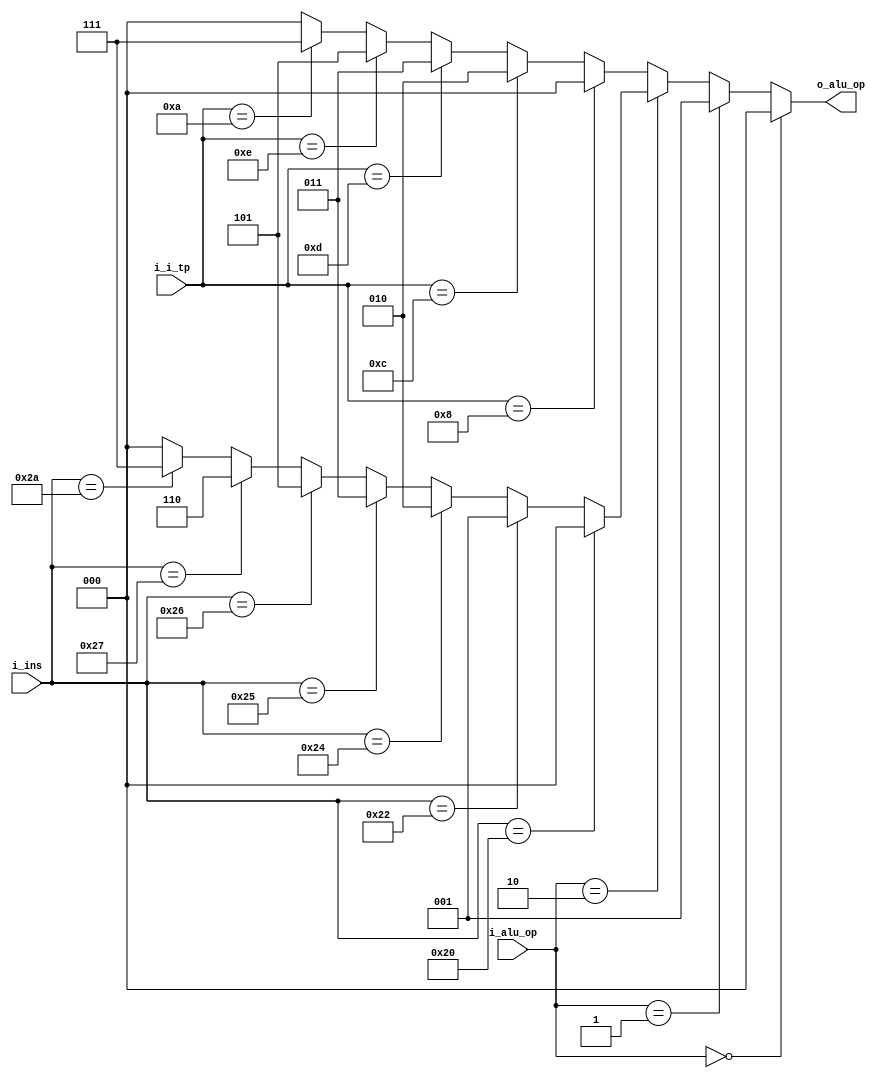
`timescale 1ns / 1ps

/* ALU Control Unit */

module alu_control(
    input       [5:0]   i_ins,
    input       [1:0]   i_alu_op,
    input       [5:0]   i_i_tp,     // FOr I Type
    output  reg [2:0]   o_alu_op 
    );

    always @(*) begin
        o_alu_op = 3'b000;
        if(i_alu_op == 2'b00) begin
            o_alu_op = 3'b000;
        end
        else if(i_alu_op == 2'b01) begin
            o_alu_op = 3'b001;
        end
        else if(i_alu_op == 2'b10) begin
            /* Check i_ins */
            if(i_ins == 6'b100000) begin            // add
                o_alu_op = 3'b000;
            end
            else if(i_ins == 6'b100010) begin       // sub
                o_alu_op = 3'b001;
            end
            else if(i_ins == 6'b100100) begin       // and
                o_alu_op = 3'b010;
            end
            else if(i_ins == 6'b100101) begin       // or
                o_alu_op = 3'b011;
            end
            else if(i_ins == 6'b100110) begin       // xor
                o_alu_op = 3'b101;
            end
            else if(i_ins == 6'b100111) begin       // nor
                o_alu_op = 3'b110;
            end
            else if(i_ins == 6'b101010) begin       // slt
                o_alu_op = 3'b111;
            end
        end
        else begin
            if(i_i_tp == 6'b001000) begin
                o_alu_op = 3'b000;                  // addi
            end
            else if(i_i_tp == 6'b001100) begin
                o_alu_op = 3'b010;                  // andi
            end
            else if(i_i_tp == 6'b001101) begin
                o_alu_op = 3'b011;                  // ori
            end
            else if(i_i_tp == 6'b001110) begin
                o_alu_op = 3'b101;                  // xori
            end
            else if(i_i_tp == 6'b001010) begin
                o_alu_op = 3'b111;                  // slti
            end
        end
    end
endmodule